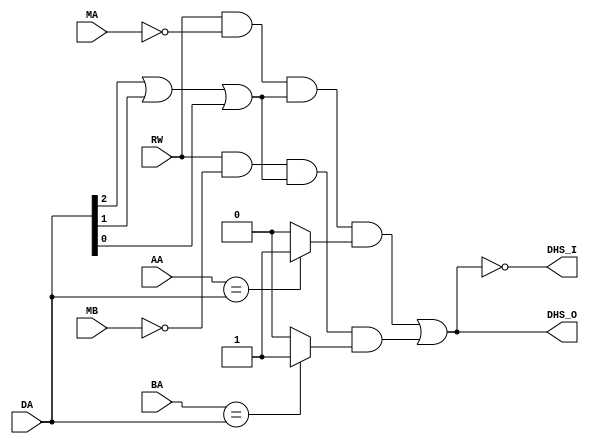
`timescale 1ns / 1ps
//////////////////////////////////////////////////////////////////////////////////
// Company: 
// Engineer: 
// 
// Design Name: 
// Module Name: DHS
// Project Name: 
// Target Devices: 
// Tool Versions: 
// Description: 
// 
// Dependencies: 
// 
// Revision:
// Revision 0.01 - File Created
// Additional Comments:
// 
//////////////////////////////////////////////////////////////////////////////////


module DHS(MA,MB,RW,AA,BA,DA,DHS_O,DHS_I);
//inputs
input wire MA,MB,RW;
input wire [2:0] AA,BA,DA;

//output
output wire DHS_O,DHS_I;

//Temp wires
wire HA,HB,CmpAOut,CmpBOut,NMA,NMB,DAOr;

//compa
assign CmpAOut = (AA == DA) ? 1:0;

//compb
assign CmpBOut = (BA == DA) ? 1:0;

//DAOr
assign DAOr = (DA[2] || DA[1] || DA[0]);

//NMA
assign NMA = ~MA;

//NMB
assign NMB = ~MB;

//HA
assign HA = RW && NMA && DAOr && CmpAOut;

//HB
assign HB = RW && NMB && DAOr && CmpBOut;

//DHS_O
assign DHS_O = HA || HB;

//DHS_I
assign DHS_I = ~DHS_O;
endmodule